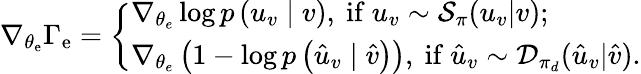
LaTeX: \nabla_{\theta_{\mathrm{e}}}\Gamma_{\mathrm{e}}=\left\{ \begin{array}{l}{\nabla_{\theta_{e}}\log p\left(u_{v}\mid v\right),\mathrm{~if~}u_{v}\sim{\cal S}_{\pi}(u_{v}|v);}\\ {\nabla_{\theta_{e}}\left(1-\log p\left(\hat{u}_{v}\mid\hat{v}\right)\right),\mathrm{~if~}\hat{u}_{v}\sim{\cal D}_{\pi_{d}}(\hat{u}_{v}|\hat{v}).}\end{array}\right.